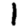
Digit: 1